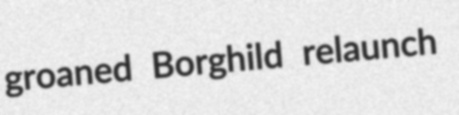
groaned Borghild relaunch